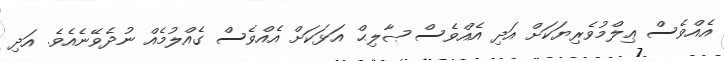
އެއްވެސް ޢިލްމުވެރިޔަކަށް އަދި އެއްވެސް ޞާލިޙް އަޅަކަށް އެއްވެސް ގެއްލުމެއް ނުދެވޭނެއެވެ. އަދި